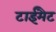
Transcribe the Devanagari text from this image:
टाईमैट